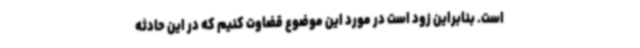
است. بنابراین زود است در مورد این موضوع قضاوت کنیم که در این حادثه